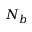
N _ { b }